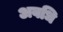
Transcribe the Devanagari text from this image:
अवधि